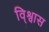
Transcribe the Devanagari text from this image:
वि्श्वास